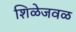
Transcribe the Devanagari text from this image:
शिळेजवळ